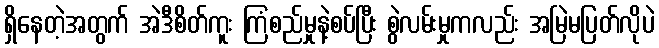
ရှိနေတဲ့အတွက် အဲဒီစိတ်ကူး ကြံစည်မှုနဲ့စပ်ပြီး စွဲလမ်းမှုကလည်း အမြဲမပြတ်လိုပဲ